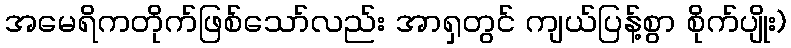
အမေရိကတိုက်ဖြစ်သော်လည်း အာရှတွင် ကျယ်ပြန့်စွာ စိုက်ပျိုး)